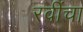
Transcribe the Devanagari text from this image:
रवींचा